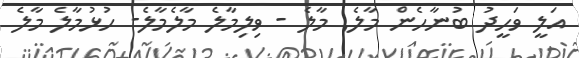
އަލީ ވަހީދު ބުނާހެން މާލެ